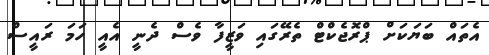
އެތައް ބަޔަކަށް ޕްރޮޖެކްޓް ތެރޭގައި ވަޒީފާ ވެސް ދެނީ އެއީ ހަމަ ރައީސް